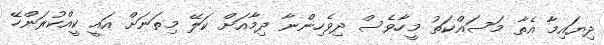
ދިޔައިމާ އެތާ މަސައްކަތު މީހާވެސް ދިވެހިންނާ ދިމާއަށް ކަލޭ މިތަނަށް އައީ ކީއްކުރަންހޭ